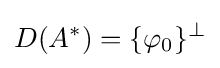
D(A^{*})=\{\varphi _{0}\}^{\perp }